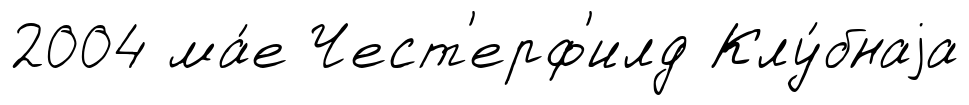
2004 ма́е Чест'ерф'илд Клу́бнаjа